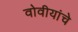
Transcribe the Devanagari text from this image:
वोवीयांचे